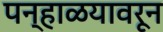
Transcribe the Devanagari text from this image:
पन्हाळयावरून